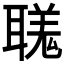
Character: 𦗅